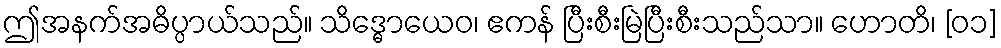
ဤအနက်အဓိပ္ပာယ်သည်။ သိဒ္ဓောယေဝ၊ ဧကန် ပြီးစီးမြဲပြီးစီးသည်သာ။ ဟောတိ၊ [၀၁]